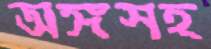
অঙ্গসহ